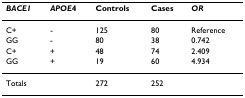
<table><thead><tr><td><b><i>BACE1</i></b></td><td><b><i>APOE</i>4</b></td><td><b>Controls</b></td><td><b>Cases</b></td><td><b><i>OR</i></b></td></tr></thead><tbody><tr><td>C+</td><td>-</td><td>125</td><td>80</td><td>Reference</td></tr><tr><td>GG</td><td>-</td><td>80</td><td>38</td><td>0.742</td></tr><tr><td>C+</td><td>+</td><td>48</td><td>74</td><td>2.409</td></tr><tr><td>GG</td><td>+</td><td>19</td><td>60</td><td>4.934</td></tr><tr><td>Totals</td><td></td><td>272</td><td>252</td><td></td></tr></tbody></table>